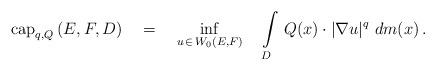
LaTeX: \begin{align*}{\rm cap}_{q, Q}\,(E, F, D)\quad=\quad\inf\limits_{u\,\in\,W_0(E , F)}\quad\int\limits_D\,Q(x)\cdot|\nabla u|^q\,\,dm(x)\,.\end{align*}